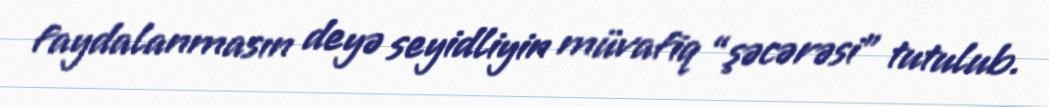
faydalanmasın deyə seyidliyin müvafiq “şəcərəsi” tutulub.